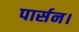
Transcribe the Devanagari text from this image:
पार्सन।